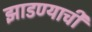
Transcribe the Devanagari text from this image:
झाडण्याची